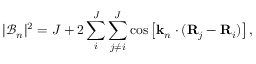
| \mathcal { B } _ { n } | ^ { 2 } = J + 2 \sum _ { i } ^ { J } \sum _ { j \neq i } ^ { J } \cos \left[ \mathbf { k } _ { n } \cdot ( \mathbf { R } _ { j } - \mathbf { R } _ { i } ) \right] ,